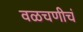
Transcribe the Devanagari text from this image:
वळचणीचं